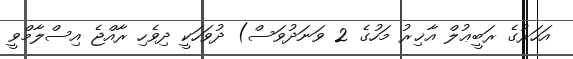
އަހަރުގެ ރަބީޢުލް އާޚިރު މަހުގެ 2 ވަނަދުވަސް) ދުވަހަކީ ދިވެހި ރާއްޖެ އިސްލާމްވީ